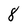
Character: 8